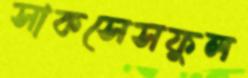
সাকসেসফুল